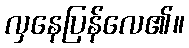
လှနေပြန်လေ၏။